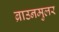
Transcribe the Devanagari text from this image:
ब्राउनमुलर